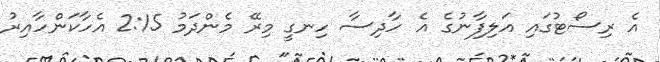
އެ ރިސޯޓުގައި އަލިފާނުގެ އެ ހާދިސާ ހިނގީ މިރޭ މެންދަމު 2:15 އެހާކަންހާއިރު